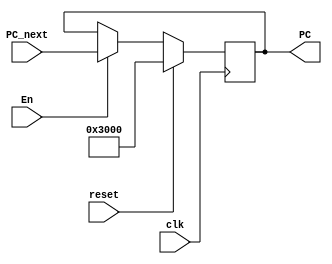
`timescale 1ns / 1ps
//////////////////////////////////////////////////////////////////////////////////
// Company: 
// Engineer: 
// 
// Design Name: 
// Module Name:    PC 
// Project Name: 
// Target Devices: 
// Tool versions: 
// Description: 
//
// Dependencies: 
//
// Revision: 
// Revision 0.01 - File Created
// Additional Comments: 
//
//////////////////////////////////////////////////////////////////////////////////
module PC(
    input [31:0] PC_next,
    input clk,
    input reset,
    input En,
    output reg [31:0] PC
    );

    always @(posedge clk) begin
        if (reset) begin
            PC <= 32'h0000_3000;
        end
        else begin
            if(En)
                PC <= PC_next;
            else
                PC <= PC;
        end
    end

endmodule